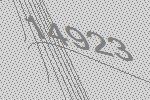
14923